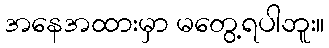
အနေအထားမှာ မတွေ့ရပါဘူး။